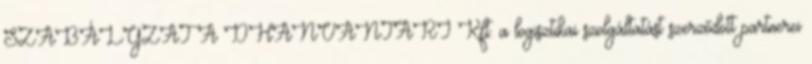
SZABÁLYZAT A DHANVANTARI Kft. a logisztikai szolgáltatást szerződött partnerei